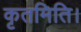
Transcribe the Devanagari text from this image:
कृतमिति।